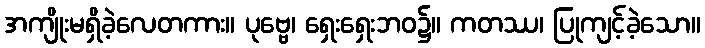
အကျိုးမရှိခဲ့လေတကား။ ပုဗ္ဗေ၊ ရှေးရှေးဘဝ၌။ ကတဿ၊ ပြုကျင့်ခဲ့သော။